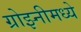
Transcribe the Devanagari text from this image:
ग्रोझ्नीमध्ये